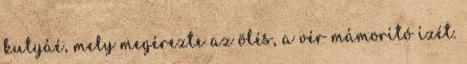
kutyáé, mely megérezte az ölés, a vér mámorító ízét.